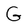
Character: G